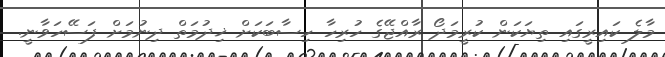
މާލެ ކައިރީގައި ތިޔަކަން ކުރީމަދޯ ރާއްޖޭގެ ހުރިހާ ހިސާބަކަށް ޚިދުމަތް ދިނުމަށް ފަސޭހަވާނީ.